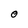
Character: 0